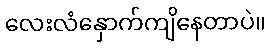
လေးလံနှောက်ကျိနေတာပဲ။